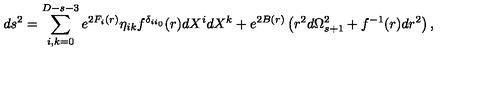
d s ^ { 2 } = \sum _ { i , k = 0 } ^ { D - s - 3 } e ^ { 2 F _ { i } ( r ) } \eta _ { i k } f ^ { \delta _ { i i _ { 0 } } } ( r ) d X ^ { i } d X ^ { k } + e ^ { 2 B ( r ) } \left( r ^ { 2 } d \Omega _ { s + 1 } ^ { 2 } + f ^ { - 1 } ( r ) d r ^ { 2 } \right) ,